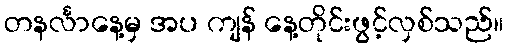
တနင်္လာနေ့မှ အပ ကျန် နေ့တိုင်းဖွင့်လှစ်သည်။